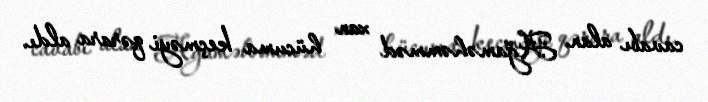
cavabı alan Ağaməhəmməd xan hücuma keçməyi qərara aldı.